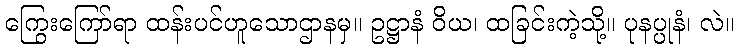
ကြွေးကြော်ရာ ထန်းပင်ဟူသောဌာနမှ။ ဥဋ္ဌာနံ ဝိယ၊ ထခြင်းကဲ့သို့။ ပုနပ္ပုနံ၊ လဲ။